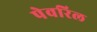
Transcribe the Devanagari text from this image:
पेवरिल